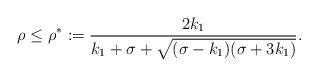
LaTeX: \begin{align*}\rho\le\rho^*:=\frac{2k_1}{k_1+\sigma+\sqrt{(\sigma-k_1)(\sigma+3k_1)}}.\end{align*}